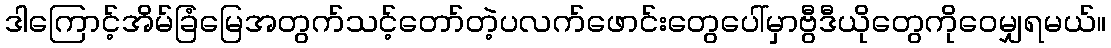
ဒါကြောင့်အိမ်ခြံမြေအတွက်သင့်တော်တဲ့ပလက်ဖောင်းတွေပေါ်မှာဗွီဒီယိုတွေကိုဝေမျှရမယ်။